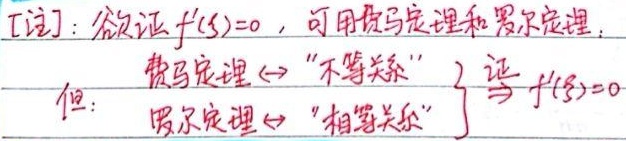
[注]：欲证\(f'(\xi)=0\)，可用费马定理和罗尔定理。但：
费马定理\(\leftrightarrow\) “不等关系”
罗尔定理\(\leftrightarrow\) “相等关系”
\(\left.\begin{array}{l} \\ \end{array}\right\}\)证\(f'(\xi)=0\)